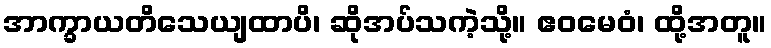
အာက္ခာယတိသေယျထာပိ၊ ဆိုအပ်သကဲ့သို့။ ဧဝမေဝံ၊ ထို့အတူ။